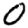
Digit: 0